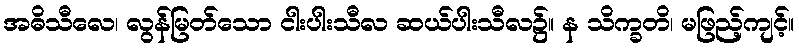
အဓိသီလေ၊ လွန်မြတ်သော ငါးပါးသီလ ဆယ်ပါးသီလ၌။ န သိက္ခတိ၊ မဖြည့်ကျင့်။